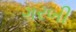
ગરબી